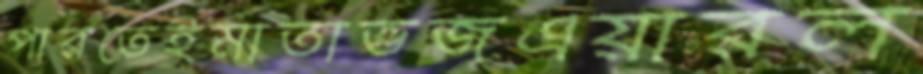
পারতেইমাতাভজএয়ারল